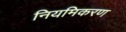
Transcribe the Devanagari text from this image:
नियमिकरण